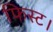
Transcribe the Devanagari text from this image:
फिस्ट।